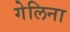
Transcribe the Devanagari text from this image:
गेलिना